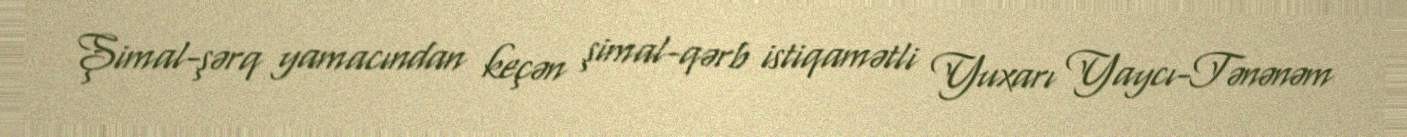
Şimal-şərq yamacından keçən şimal-qərb istiqamətli Yuxarı Yaycı-Tənənəm